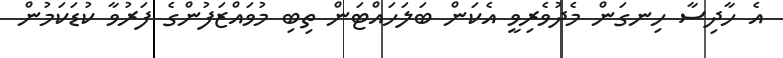
އެ ހާދިސާ ހިނގަން މެދުވެރިވީ އެކަން ބަލަހައްޓަން ތިބި މުވައްޒަފުންގެ ފަރުވާ ކުޑަކަމުން